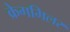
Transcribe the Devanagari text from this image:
क्रेगमिलर